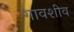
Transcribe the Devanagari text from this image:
गावशीव